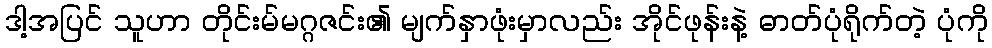
ဒါ့အပြင် သူဟာ တိုင်းမ်မဂ္ဂဇင်း၏ မျက်နှာဖုံးမှာလည်း အိုင်ဖုန်းနဲ့ ဓာတ်ပုံရိုက်တဲ့ ပုံကို